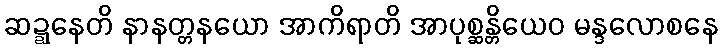
ဆဍ္ဍနေတိ နာနတ္တနယော အာကိရာတိ အာပုစ္ဆန္တိယေဝ မန္ဒလောစနေ